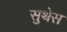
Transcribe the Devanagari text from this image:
सुथेस